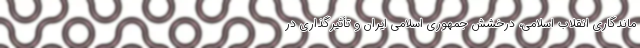
ماندگاری انقلاب اسلامی، درخشش جمهوری اسلامی ایران و تأثیرگذاری در